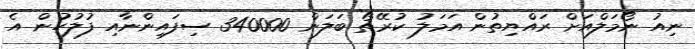
ނިއު ނޯމަލްއަށް ރައްޔިތުން އަމަލު ކުރޭތޯ ބަލަން 340000 ސިފައިންނާއި ފުލުހުން އެ